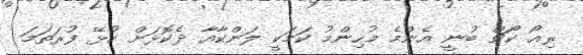
ރިއޯ ކޯޗް ބުނީ އެންމެ މުހިންމު ކަމަކީ ލަންކާއާ ދެކޮޅަށް ކުޅޭ ފުރަތަމަ